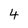
Character: 4